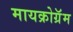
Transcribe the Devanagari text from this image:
मायक्रोग्रॅम